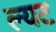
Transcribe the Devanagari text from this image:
ल्यट